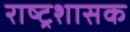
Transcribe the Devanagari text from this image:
राष्ट्रशासक